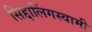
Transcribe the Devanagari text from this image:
सिद्दालिंगस्वामी